Report on the working of the Ranchi Indian Mental Hospital, Kanke, in Bihar and Orissa - 1930-1940
Year: 1930
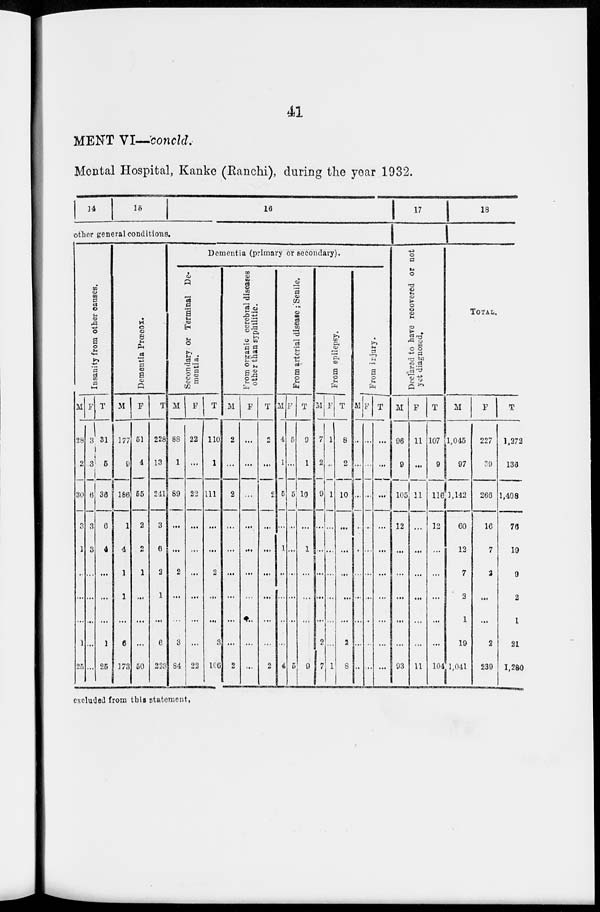
41
MENT VI—concld.
Mental Hospital, Kanke (Ranchi), during the year 1932.
14
15
16
other general conditions.
Insanity from other causes.
M
28
2
30
3
1
...
...
...
1
25
F
3
3
6
3
3
...
...
...
...
...
T
31
5
36
6
4
...
...
...
1
25
Dementia Prœcox.
M
177
9
186
1
4
1
1
...
6
173
F
51
1
55
2
2
1
...
...
...
50
T
228
13
241
3
6
2
1
...
6
223
Dementia (primary or secondary).
Secondary or Terminal De-
mentia.
M
88
1
89
...
...
2
...
...
3
84
F
22
...
22
...
...
...
...
...
...
22
T
110
1
111
...
...
2
...
...
3
106
From organic cerebral diseases
other than syphilitic.
M
2
...
2
...
...
...
...
...
...
2
F
...
...
...
...
...
...
...
...
...
...
T
2
...
2
...
...
...
...
...
...
2
From arterial disease ; Senile,
M
4
1
5
...
1
...
...
...
...
4
F
5
...
5
...
...
...
...
...
...
5
T
9
1
10
...
1
...
...
...
...
9
From epilepsy.
M
7
2
9
...
...
...
...
...
2
7
F
1
...
1
...
...
...
...
...
...
1
T
8
2
10
...
...
...
...
...
2
8
From injury.
M
...
...
...
...
...
...
...
...
...
...
F
...
...
...
...
...
...
...
...
...
...
T
...
...
...
...
...
...
...
...
...
...
17
Declared to have
recovered or not
yet diagnosed.
M
96
9
105
12
...
...
...
...
...
93
F
11
...
11
...
...
...
...
...
...
11
T
107
9
116
...
...
...
...
...
...
104
18
TOTAL.
M
1,045
97
1,142
60
12
7
2
1
19
1,041
F
227
39
266
16
7
2
...
...
2
239
T
1,272
136
1,408
76
19
9
2
1
21
1,280
excluded from this statement.